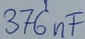
Text: 376nF